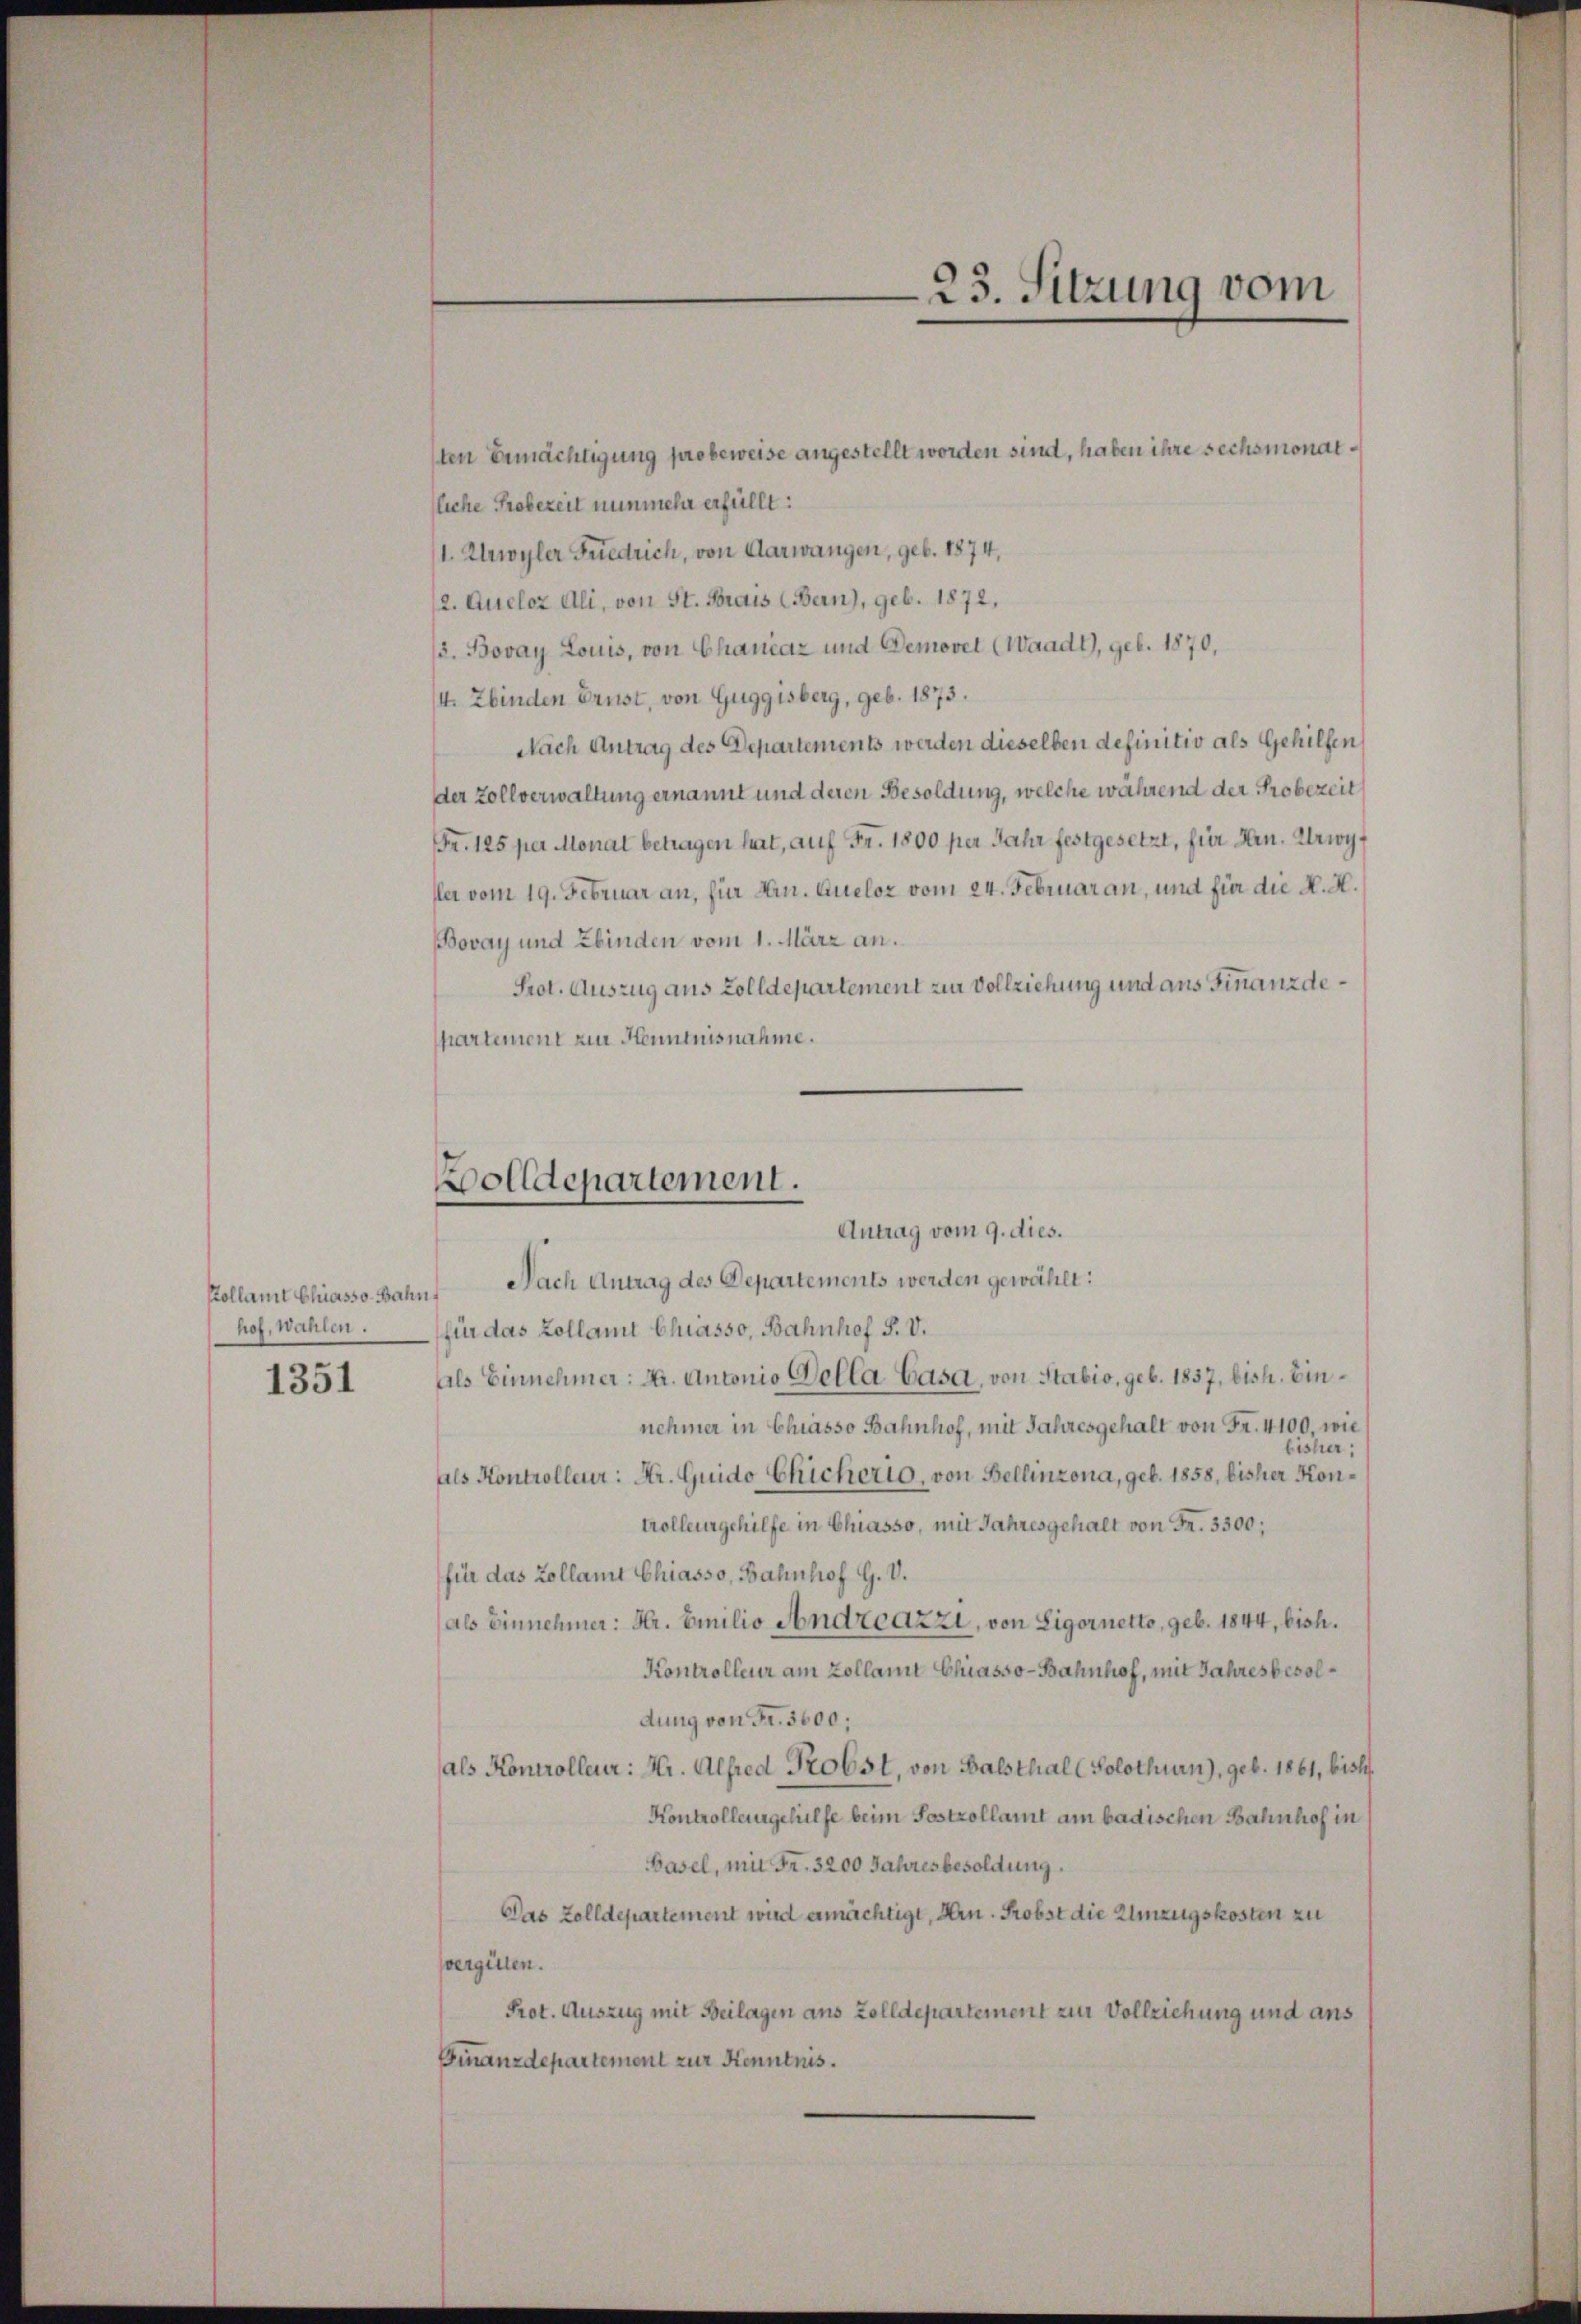
Kollamt Chiasso Bahn,
hof, Wahlen.

1351

lten Ermächtigung probeweise angestellt worden sind, haben ihre sechsmonatfliche Probezeit nunmehr erfüllt:
1. Urwyler Friedrich, von Aarwangen, geb. 1874,
2. Queloz Ali, von St. Frais (Bern), geb. 1872,
3. Bovay Louis, von Chancaz und Demovet (Waadt, geb. 1870,
I. Zbinden Brust, von Guggisberg, geb. 1873.
Nach Antrag des Departements werden dieselben definitiv als Gehilfen
der Zollverwaltung ernannt und deren Besoldung, welche während der Probezeit
Fr. 125 per Monat betragen hat, auf Fr. 1800 per Jahr festgesetzt, für Hrn. Urwyf
ler vom 19. Februar an, für Min. Quelor vom 24. Februar an, und für die K. H.
Bovay und Ebinden vom 1. März an.
Prot. Auszug aus Zolldepartement zur Vollziehung und aus Finanzdehartement zur Henntnisnahme.

Bolldepartement.
Antrag vom 9. dies.
Nach Antrag des Departements werden gewählt:

für das Kollamt Chiasso, Bahnhof P. V.
Als Einnehmer: A. Antonio Bella Casa, von Stabio, geb. 1837, bish. Einnehmer in Chiasso Bahnhof, mit Jahresgehalt von Fr. 4100, wie
bisher;
als Kontrolleur: Dr. Guido Eicherio, von Bellinzona, geb. 1858, bisher Kontrollergehilfe in Chiasso, mit Jahresgehalt von Fr. 3500;
für das Zollamt Chiasso, Bahnhof G. V.
(als Einnehmer: Hr. Emilio Andreazzi, von Ligornetto, geb. 1844, bish
Kontrolleur am Zollant Chiasso-Bahnhof, mit Jahresbesoldung von Fr. 3600;
als Kontrolleur: Hr. Alfred Probst, von Balsthal (Solothurn), geb. 1861, bish
Kontrollergehülfe beim Postzollamt am badischen Bahnhof in
Basel, mit Fr. 3200 Jahresbesoldung.
Das Zolldepartement wird ermächtigt, Hrn. Probst die Einzugskosten zu
vergüten.
Prot. Auszug mit Beilagen aus Zolldepartement zur Vollziehung und aus
Finanzdepartement zur Kenntnis.

23. Sitzung vom